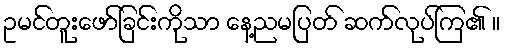
ဥမင်တူးဖော်ခြင်းကိုသာ နေ့ညမပြတ် ဆက်လုပ်ကြ၏ ။